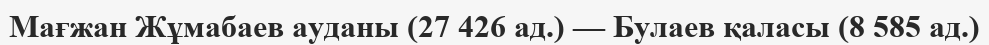
Мағжан Жұмабаев ауданы (27 426 ад.) — Булаев қаласы (8 585 ад.)